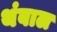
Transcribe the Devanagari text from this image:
थंबाल